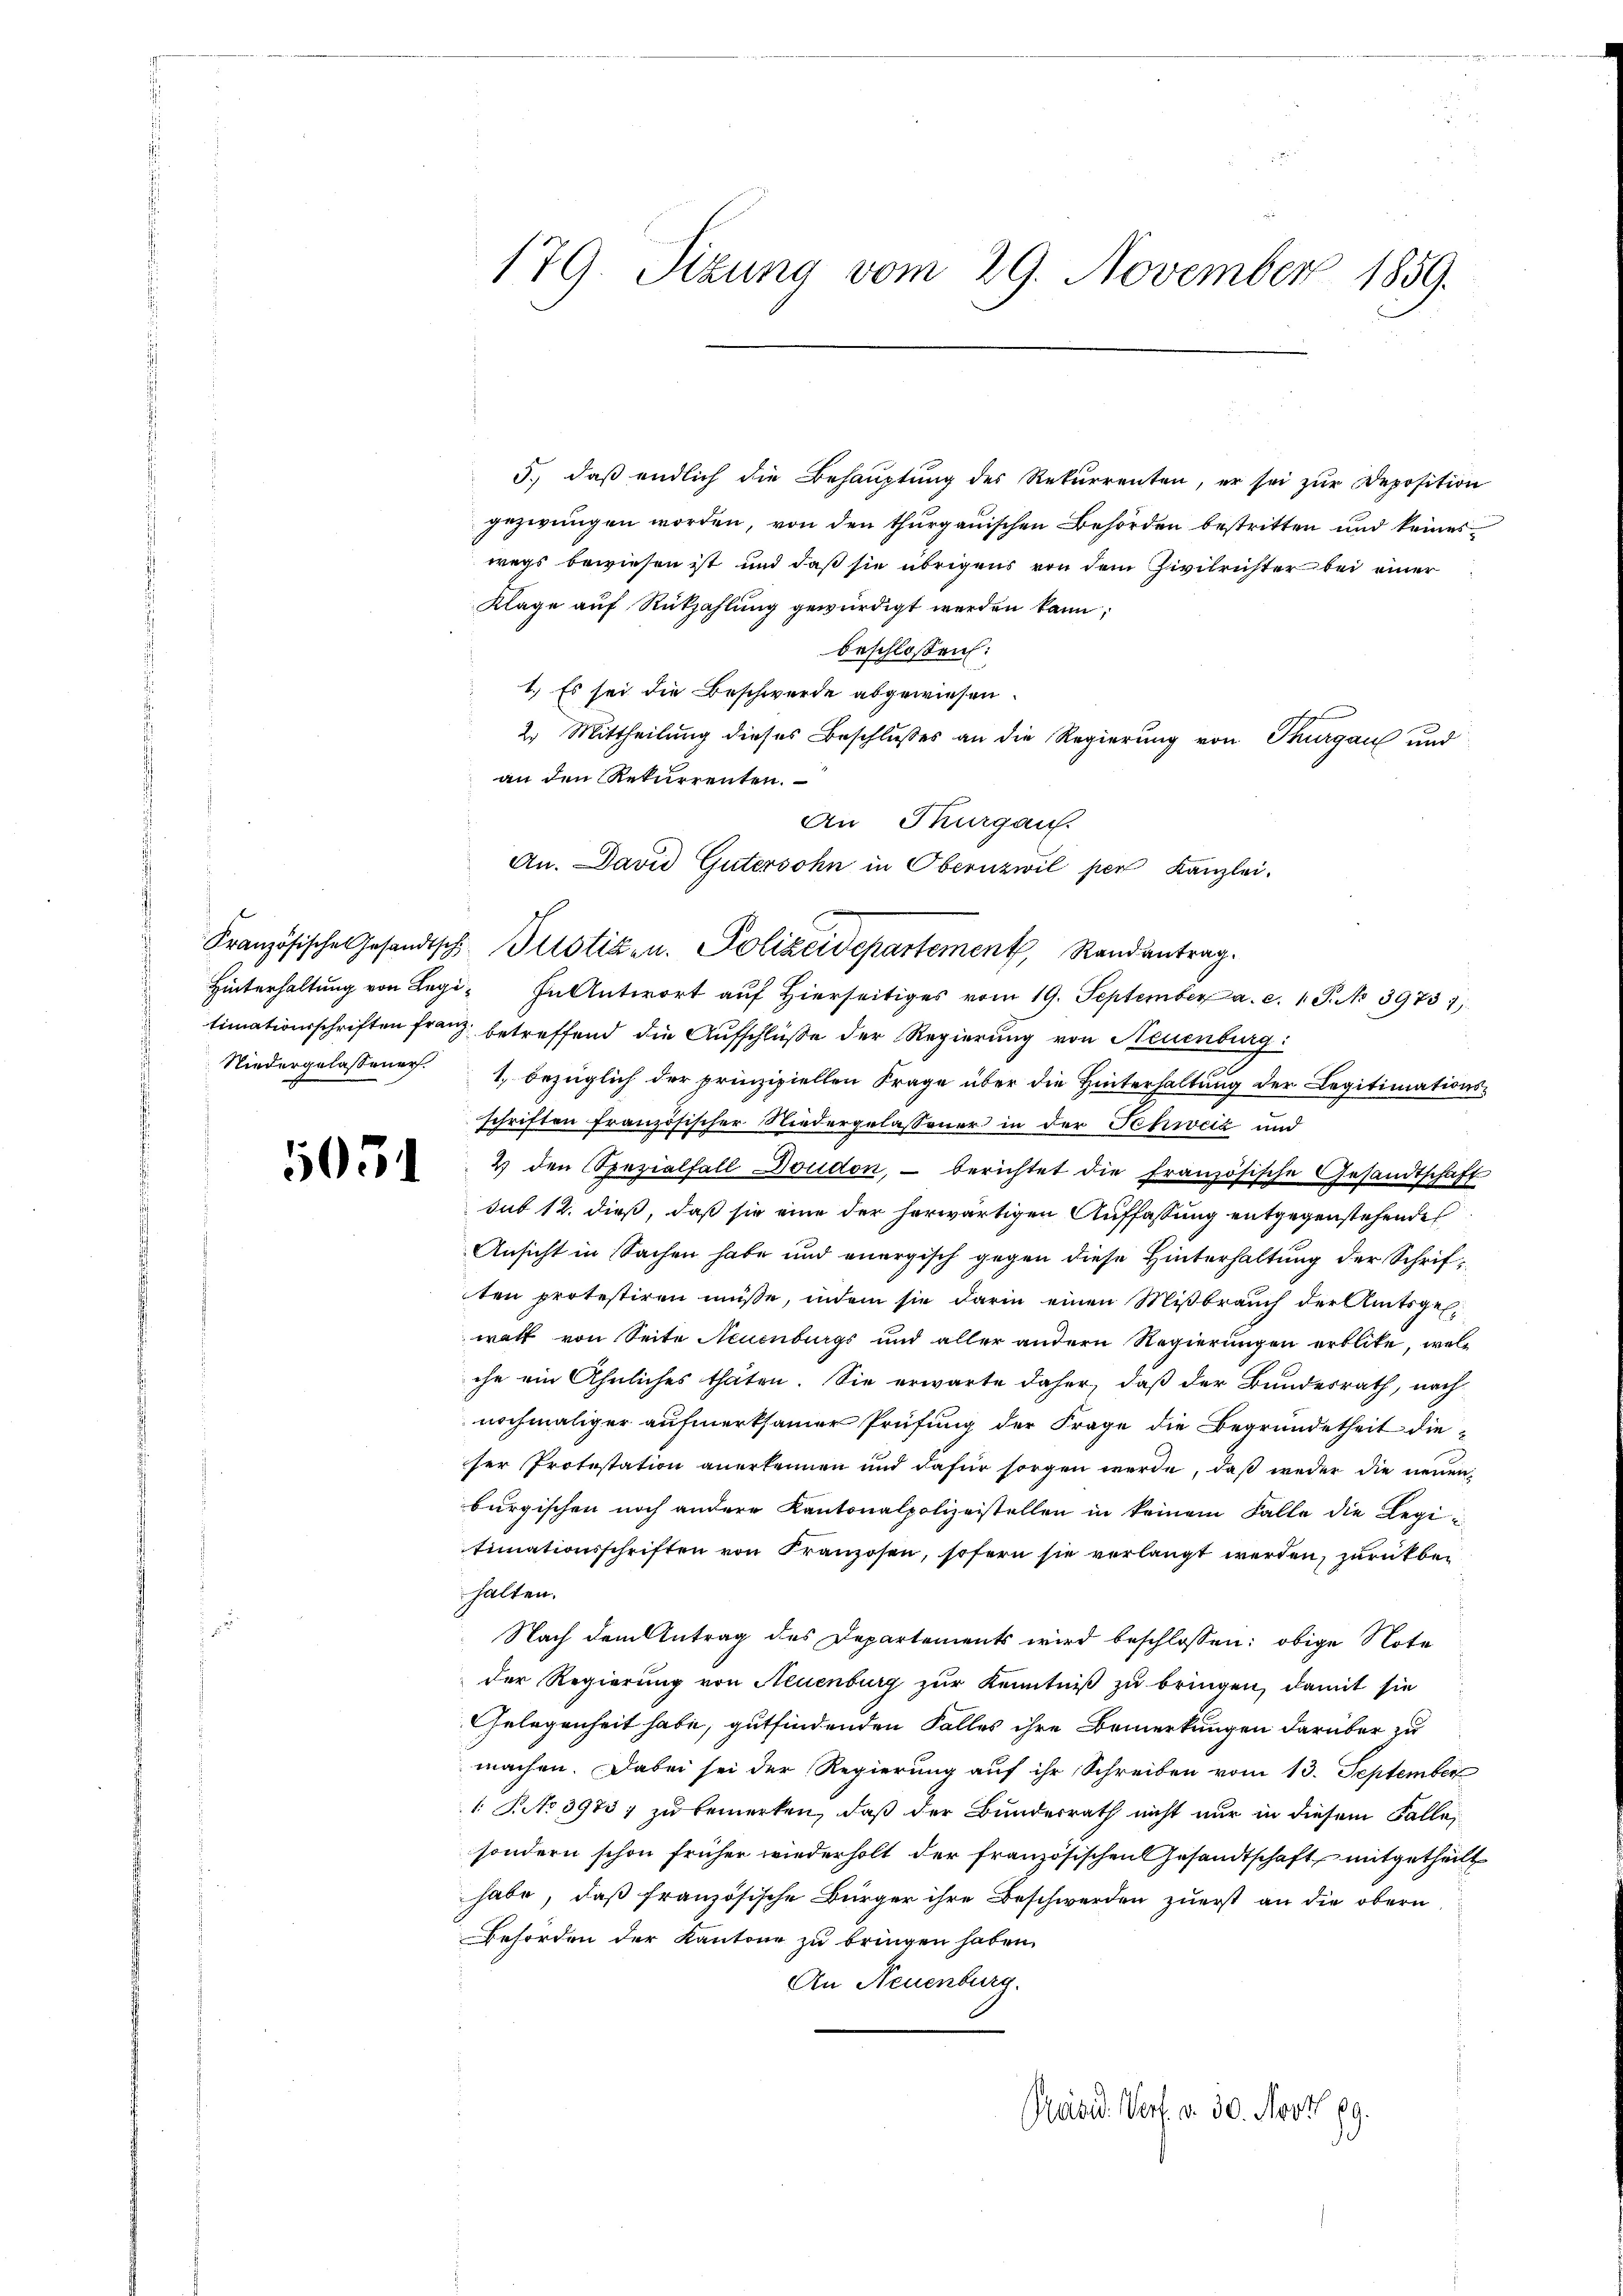
505

179. Sizung vom 29. November 1859.

An Thurgau.
An. David Gütersohn in Obernzwil per Kanzlei.
Französische Gesandtsch Pilotizen. Polizeidepartement, Randantrag.

5.) daß endlich die Behauptung des Rekurrenten, er sei zur Deposition
gezwungen worden, von den thurgauischen Behörden bestritten und keines
wegs bewiesen ist und daß sie übrigens von dem Zivilrichter bei einer
Klage auf Rückzahlung gewürdigt werden kann.
beschlossen:
1.) Es sei die Beschwerde abgewiesen.
2. Mittheilung dieses Beschlußes an die Regierung von Thurgau und
an den Rekurrenten.
Hinterhaltung von Legi- In Antwort aŭf hierseitiges vom 19. September a. c. 1 S. No 39737)
timationsschriften franz betreffend die Aufschlüße der Regierung von Neuenburg:
Niedergelassener. 1, bezüglich der prinzipiellen Frage über die Hinterhaltung der Legitimations-
schriften französischer Niedergelassener in der Schweiz und
2 den Spezialfall Doudon, – berichtet die französische Gesandtschaft
sub 12. dieß, daß sie eine der herwärtigen Auffassung entgegenstehende
Ansicht in Sachen habe und energisch gegen diese Hinterhaltung der Schriften protestiren müße, indem sie darin einen Mißbrauch der Amtsges.
walt von Seite Neuenburgs und aller andern Regierungen erblite, welc
che ein Ähnliches thäten. Sie erwarte daher, daß der Bundesrath, nach
nochmaliger aufmerksamer Prüfung der Frage die Begründetheit dieser Protestation anerkennen und dafür sorgen werde, daß weder die neuenburgischen noch andere Kantonalpolizeistellen in keinem Falle die Regitimationsschriften von Franzosen, sofern sie verlangt werden, zurückbei
halten.
Nach dem Antrag des Departements wird beschlossen: obige Note
der Regierung von Neuenburg zur Kenntniß zu bringen, damit sie
Gelegenheit habe, gutfindenden Falles ihre Bemerkungen darüber zu
machen. Dabei sei der Regierung auf ihr Schreiben vom 13. September
1. P. No 3973; zu bemerken, daß der Bundesrath nicht nur in diesem Falle,
sondern schon früher wiederholt der französischen Gesandtschaft mitgetheilt
habe, daß französische Bürger ihre Beschwerden zuerst an die obern
Behörden der Kantone zu bringen haben.
An Neuenburg.
Rasid. Vorf. v. 30. Nov 189